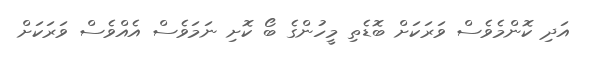
އަދި ކޮންމެވެސް ވަރަކަށް ބޮޑެތި މީހުންގެ ބޯ ކޮށި ނަމަވެސް އެއްވެސް ވަރަކަށް